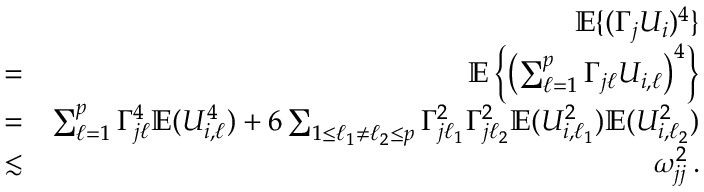
\begin{array} { r l r } & { } & { { \mathbb { E } } \{ ( \Gamma _ { j } U _ { i } ) ^ { 4 } \} } \\ & { = } & { { \mathbb { E } } \left\{ \left( \sum _ { \ell = 1 } ^ { p } \Gamma _ { j \ell } U _ { i , \ell } \right) ^ { 4 } \right\} } \\ & { = } & { \sum _ { \ell = 1 } ^ { p } \Gamma _ { j \ell } ^ { 4 } { \mathbb { E } } ( U _ { i , \ell } ^ { 4 } ) + 6 \sum _ { 1 \leq \ell _ { 1 } \neq \ell _ { 2 } \leq p } \Gamma _ { j \ell _ { 1 } } ^ { 2 } \Gamma _ { j \ell _ { 2 } } ^ { 2 } { \mathbb { E } } ( U _ { i , \ell _ { 1 } } ^ { 2 } ) { \mathbb { E } } ( U _ { i , \ell _ { 2 } } ^ { 2 } ) } \\ & { \lesssim } & { \omega _ { j j } ^ { 2 } \, . } \end{array}